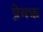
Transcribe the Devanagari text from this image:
प्रेमफ़